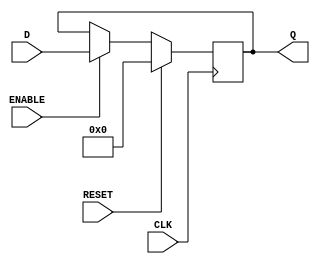
module Register_32bits_pepo (Q, D, ENABLE, CLK, RESET);

	//Outputs
	output reg [31:0] Q;	//Output bus of the register.

	//Inputs
	input wire [31:0] D;	//Input bus to the register.
	input wire ENABLE;		//Allows the operation of the system.
	input wire CLK;
	input wire RESET;		//Signal used to initialize the register. (This is not a d_latch since its edge trigered!)



	always @ (posedge CLK)
		if(RESET)
			Q <= 32'd0;
		else
			if(ENABLE)
				Q <= D;
			else
				Q <= Q;	

endmodule // Register_32_bits_pepo